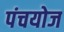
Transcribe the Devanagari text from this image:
पंचयोज